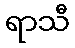
ရာသီ